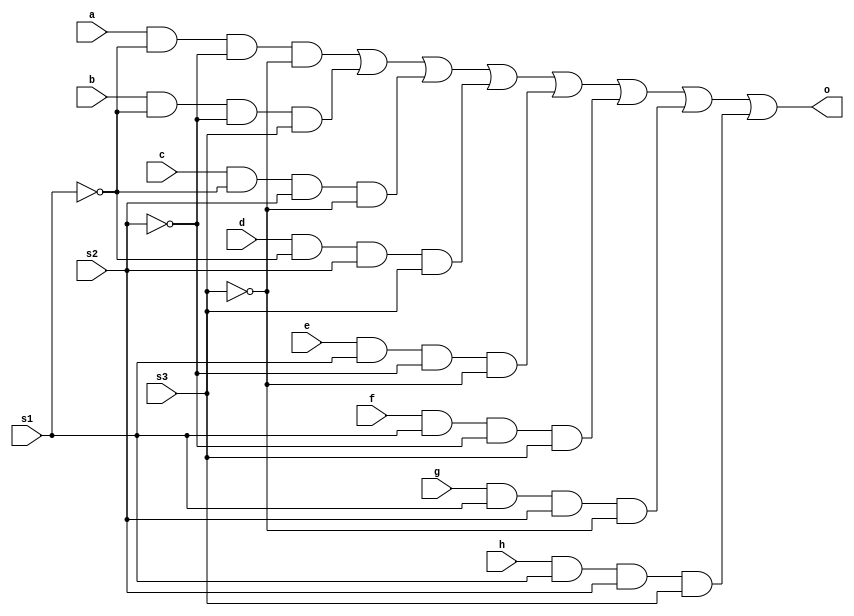
`timescale 1ns / 1ps
//////////////////////////////////////////////////////////////////////////////////
// Company: 
// Engineer: 
// 
// Design Name: 
// Module Name:    D8x1mux 
// Project Name: 
// Target Devices: 
// Tool versions: 
// Description: 
//
// Dependencies: 
//
// Revision: 
// Revision 0.01 - File Created
// Additional Comments: 
//
//////////////////////////////////////////////////////////////////////////////////
module D8x1mux(o,a,b,c,d,e,f,g,h,s1,s2,s3
    );
input a,b,c,d,e,f,g,h,s1,s2,s3;
output o;
wire o;
assign o=(a&~s1&~s2&~s3)|(b&~s1&~s2&s3)|(c&~s1&s2&~s3)|(d&~s1&s2&s3)|(e&s1&~s2&~s3)|(f&s1&~s2&s3)|(g&s1&s2&~s3)|(h&s1&s2&s3);
endmodule